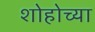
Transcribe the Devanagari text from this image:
शोहोच्या